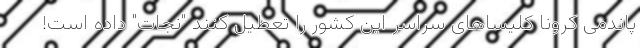
پاندمی کرونا کلیساهای سراسر این کشور را تعطیل کنند "نجات" داده است!